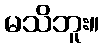
မသိဘူး။